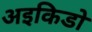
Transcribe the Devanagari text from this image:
अइकिडो